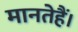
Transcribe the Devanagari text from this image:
मानतेहैं।